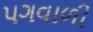
પગવાળી